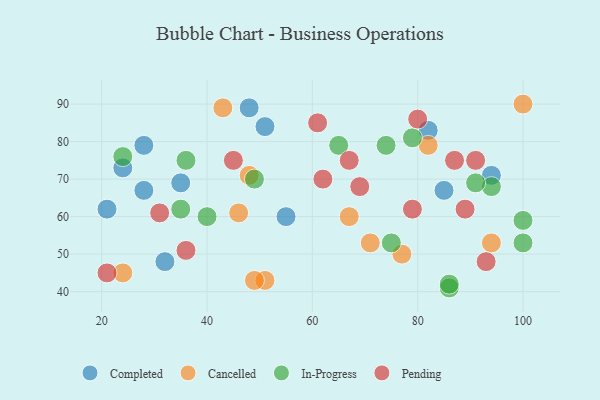
{"axis": {"x": "GDP", "y": "Life Expectancy"}, "legend": ["Cancelled", "Completed", "In-Progress", "Pending"], "data": [{"x": "51", "y": 84, "type": "Completed"}, {"x": "55", "y": 60, "type": "Completed"}, {"x": "21", "y": 62, "type": "Completed"}, {"x": "94", "y": 71, "type": "Completed"}, {"x": "28", "y": 67, "type": "Completed"}, {"x": "48", "y": 89, "type": "Completed"}, {"x": "85", "y": 67, "type": "Completed"}, {"x": "82", "y": 83, "type": "Completed"}, {"x": "28", "y": 79, "type": "Completed"}, {"x": "24", "y": 73, "type": "Completed"}, {"x": "32", "y": 48, "type": "Completed"}, {"x": "35", "y": 69, "type": "Completed"}, {"x": "48", "y": 71, "type": "Cancelled"}, {"x": "100", "y": 90, "type": "Cancelled"}, {"x": "82", "y": 79, "type": "Cancelled"}, {"x": "71", "y": 53, "type": "Cancelled"}, {"x": "43", "y": 89, "type": "Cancelled"}, {"x": "94", "y": 53, "type": "Cancelled"}, {"x": "77", "y": 50, "type": "Cancelled"}, {"x": "24", "y": 45, "type": "Cancelled"}, {"x": "46", "y": 61, "type": "Cancelled"}, {"x": "51", "y": 43, "type": "Cancelled"}, {"x": "67", "y": 60, "type": "Cancelled"}, {"x": "49", "y": 43, "type": "Cancelled"}, {"x": "74", "y": 79, "type": "In-Progress"}, {"x": "94", "y": 68, "type": "In-Progress"}, {"x": "100", "y": 59, "type": "In-Progress"}, {"x": "86", "y": 41, "type": "In-Progress"}, {"x": "86", "y": 42, "type": "In-Progress"}, {"x": "49", "y": 70, "type": "In-Progress"}, {"x": "36", "y": 75, "type": "In-Progress"}, {"x": "40", "y": 60, "type": "In-Progress"}, {"x": "100", "y": 53, "type": "In-Progress"}, {"x": "65", "y": 79, "type": "In-Progress"}, {"x": "24", "y": 76, "type": "In-Progress"}, {"x": "35", "y": 62, "type": "In-Progress"}, {"x": "75", "y": 53, "type": "In-Progress"}, {"x": "79", "y": 81, "type": "In-Progress"}, {"x": "91", "y": 69, "type": "In-Progress"}, {"x": "69", "y": 68, "type": "Pending"}, {"x": "80", "y": 86, "type": "Pending"}, {"x": "21", "y": 45, "type": "Pending"}, {"x": "79", "y": 62, "type": "Pending"}, {"x": "36", "y": 51, "type": "Pending"}, {"x": "31", "y": 61, "type": "Pending"}, {"x": "45", "y": 75, "type": "Pending"}, {"x": "89", "y": 62, "type": "Pending"}, {"x": "62", "y": 70, "type": "Pending"}, {"x": "93", "y": 48, "type": "Pending"}, {"x": "67", "y": 75, "type": "Pending"}, {"x": "61", "y": 85, "type": "Pending"}, {"x": "91", "y": 75, "type": "Pending"}, {"x": "87", "y": 75, "type": "Pending"}]}